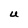
Character: U